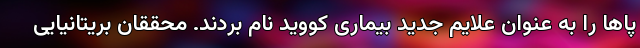
پاها را به عنوان علایم جدید بیماری کووید نام بردند. محققان بریتانیایی